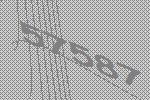
57587